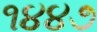
૧૪૪૭